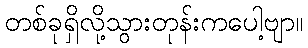
တစ်ခုရှိလို့သွားတုန်းကပေါ့ဗျာ။